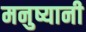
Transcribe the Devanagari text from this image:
मनुष्यानी